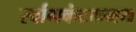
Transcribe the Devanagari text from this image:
र्स्वागकंटकमय